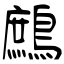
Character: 鷓